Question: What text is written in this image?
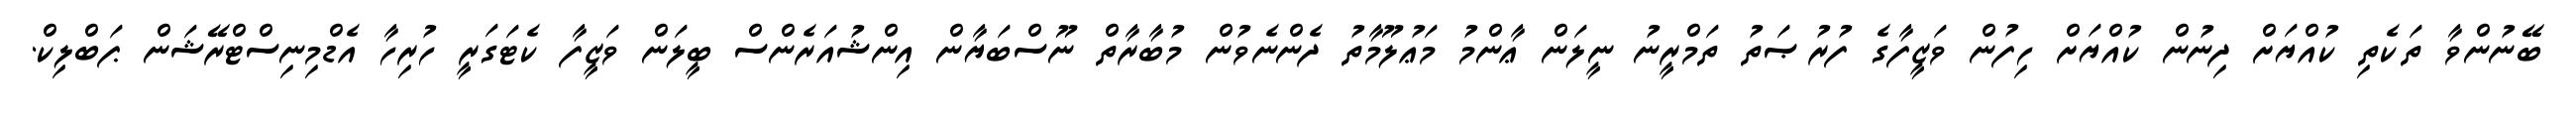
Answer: ބޭނުންވާ ތަކެތި ކުއްޔަށް ދިނުން ކުއްޔަށް ހިފުން ވަޒީފާގެ ފުރުޞަތު ތަމްރީނު ނީލަން ޢާންމު މަޢުލޫމާތު ދެންނެވުން މުބާރާތް ނޫސްބަޔާން އިންޝުއަރެންސް ބީލަން ވަޒީފާ ކެޓަގަރީ ހުރިހާ އެޑްމިނިސްޓްރޭޝަން ޕަބްލިކް.